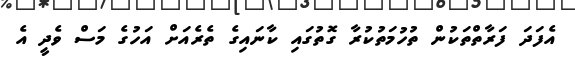
އެފަދަ ފަރާތްތަކުން ތުހުމަތުކުރާ ގޮތުގައި ކާނައިގެ ތެރެއަށް އަހުގެ މަސް ވެދީ އެ